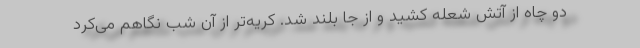
دو چاه از آتش شعله کشید و از جا بلند شد. کریه‌تر از آن شب نگاهم می‌کرد